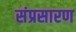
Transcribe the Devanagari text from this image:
संप्रसारण